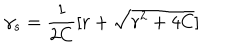
\gamma _ { s } = \frac { 1 } { 2 C } [ r + \sqrt { r ^ { 2 } + 4 C } ]